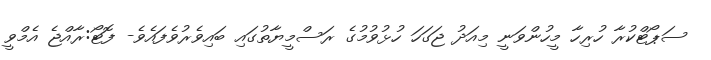
ސަޕޯޓްކުރާ ހުރިހާ މީހުންވަނީ މިއަދު ޖަގަހަ ހުޅުވުމުގެ ރަސްމީޔާތުގައި ބައިވެރުވެފައެވެ- ފޮޓޯ:ރާއްޖެ އެމްވީ